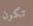
تكون